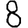
Digit: 8